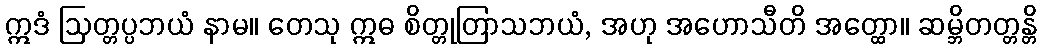
ဣဒံ ဩတ္တပ္ပဘယံ နာမ။ တေသု ဣဓ စိတ္တုတြာသဘယံ, အဟု အဟောသီတိ အတ္ထော။ ဆမ္ဘိတတ္တန္တိ